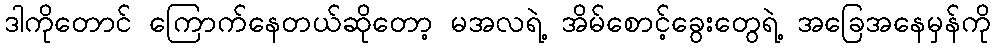
ဒါကိုတောင် ကြောက်နေတယ်ဆိုတော့ မအလရဲ့ အိမ်စောင့်ခွေးတွေရဲ့ အခြေအနေမှန်ကို